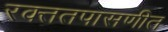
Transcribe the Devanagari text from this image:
रक्ततपासणीत